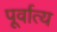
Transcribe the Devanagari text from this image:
पूर्वात्य